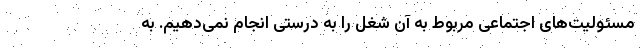
مسئولیت‌های اجتماعی مربوط به آن شغل را به درستی انجام نمی‌دهیم. به